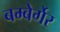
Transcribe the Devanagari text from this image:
बम्बेर्गेर